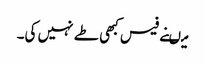
میںنے فیس کبھی طے نہیں کی۔